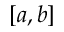
[ a , b ]